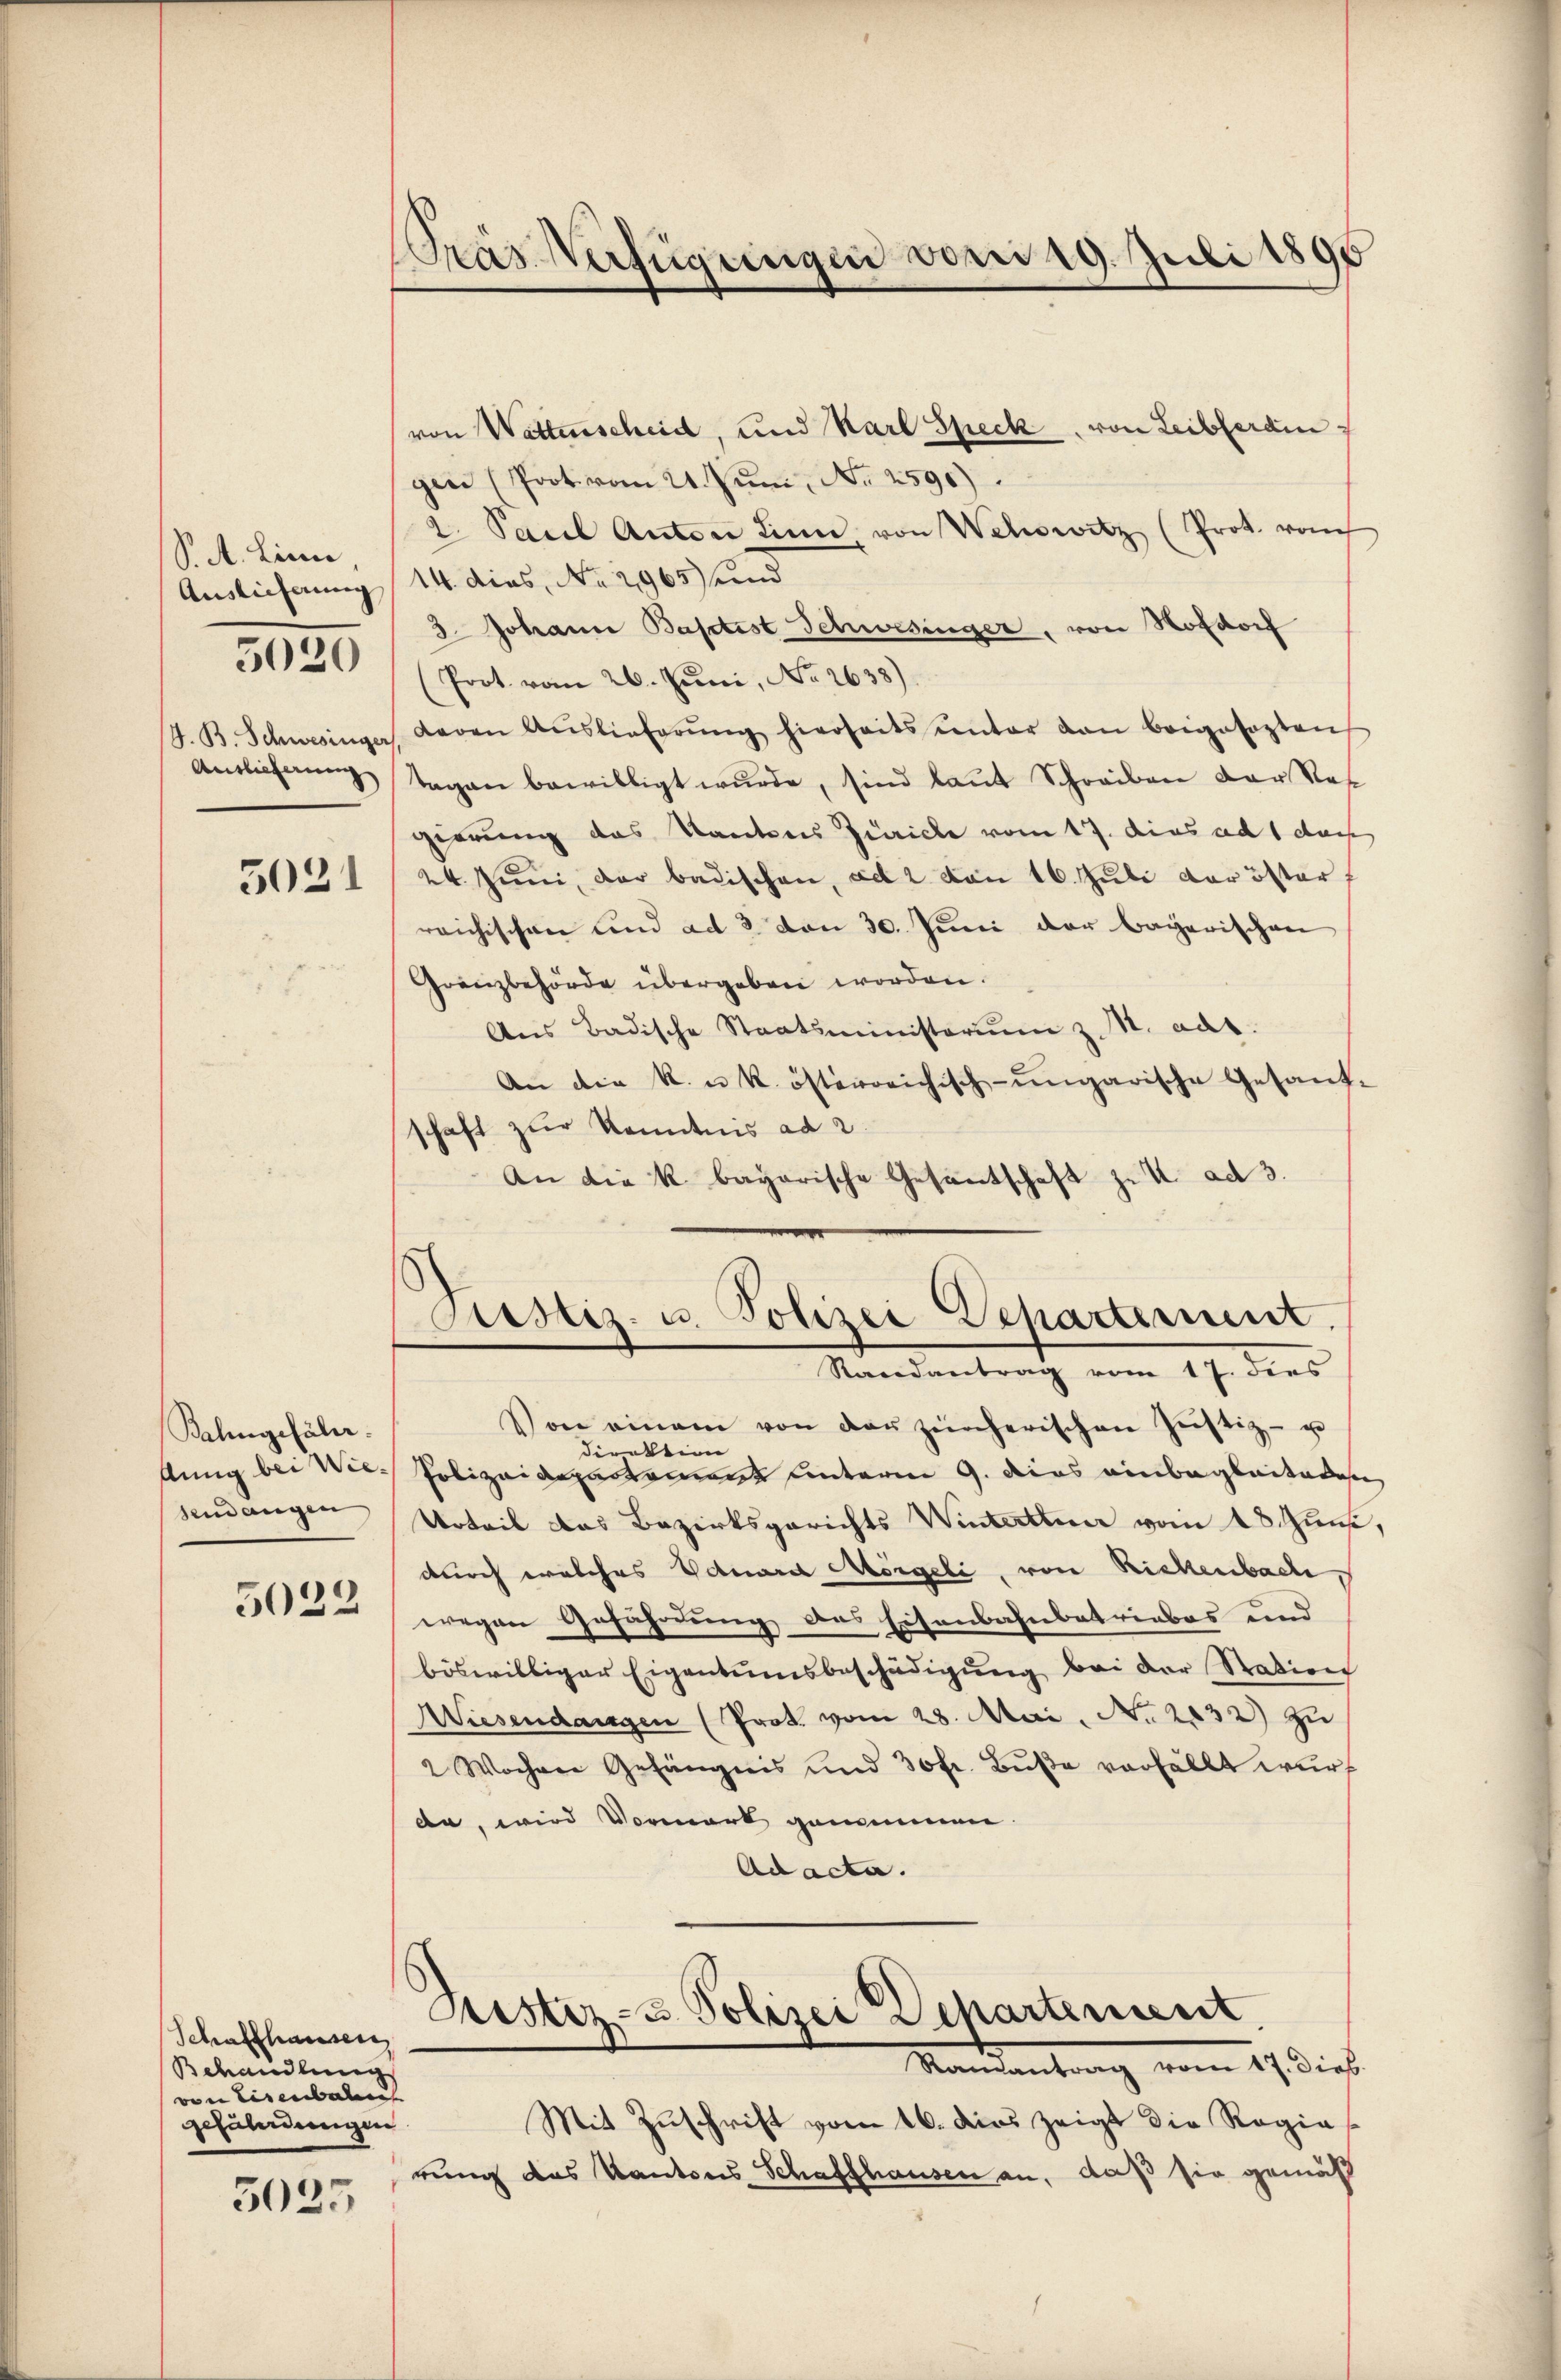
S. A. Lini
Auslieferung
Antlicherung
5021

5020

Balingefähr
sendangen

5022

Schaffhausen
Behandlung
von Eisenbahn
gefährdungen

5025

Pras Verfügungen vom 19. Juli 1890

von Wattenscheid, und Karl Speck, von Leiberain
gen (Prot. vom 21. Juni, No 2590).
2. Paul Anton Sinn, von Wehowitz (Prot. vo
14. dies, No 2965) und
3. Johann Baptist Schwesinger, von Hofdorf
(Prot. vom 26. Juni, No 2638).
J. B. Schwesinger, deren Aŭslieferŭng hierseits unter dan beigesagten
tagen bewilligt wurde, sind laut Schreiben der Nat
gierung das Kantons Zürich vom 17. dies ad 1 des
24. Juni, der badischen, ad 2. von 16. Juli der öster
reichischen und ad 3 von 30. Juni der bayerischen
Gränzbehörde übergeben worden.
Ans Badische Staatsministerium z. M. ad.
An die k. u. k. österreichisch-ungarische Gesandschaft zur Kenntnis ad 2
An die k. bagarische Gesantschaft zu K ad 3.
Justiz- u. Polizei Departement.
Mandantrach vom 17. dies
Von einem von der zürcherischen Jŭstiz- u
direktion
Aung bei Wie Polizeideparteme unterm 9. dies einbegleiteten
Urteil das Bezirksgerichts Winterthur vom 18. uns
durch welches Eduard Morgeli, von Rickenbache,
wegen Geführung des Eisenbahnbetriebes und
böswilliger Eigentumsbeschädigŭng bei der Station
Wiesendangen (Prot. vom 28. Mai. No. 2132) zu
2 Wochen Gefängnis und 30 fr. Bŭβe verfällt wurf
da, wird Vormark genommen.
Ad acta.
Justiz- & Polizei Departement.
Mandantrag vom 27. dies
Mit Zuschrift vom 16. dies zeigt die Regierung das Kantons Schaffhausen an, daß sie gemäß